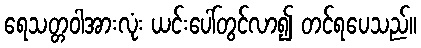
ရေသတ္တဝါအားလုံး ယင်းပေါ်တွင်လာ၍ တင်ရပေသည်။